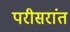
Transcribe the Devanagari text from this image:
परीसरांत